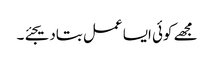
مجھے کوئی ایسا عمل بتادیجئے۔